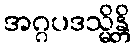
အဂ္ဂပဒသ္မိန္တိ